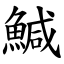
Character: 鰔